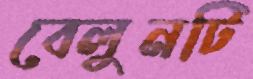
বেলুনটি